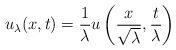
LaTeX: \begin{align*} u_{\lambda} (x,t)= \frac{1}{\lambda} u\left( \frac{x}{\sqrt{\lambda}}, \frac{t}{\lambda } \right) \end{align*}